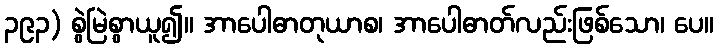
၃၉၃) စွဲမြဲစွာယူ၍။ အာပေါဓာတုယာစ၊ အာပေါဓာတ်လည်းဖြစ်သော၊ ပေ။